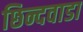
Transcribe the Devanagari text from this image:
छिन्दवाडा